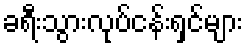
ခရီးသွားလုပ်ငန်းရှင်များ